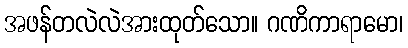
အဖန်တလဲလဲအားထုတ်သော။ ဂဏိကာရာမော၊